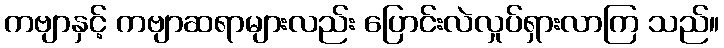
ကဗျာနှင့် ကဗျာဆရာများလည်း ပြောင်းလဲလှုပ်ရှားလာကြ သည်။